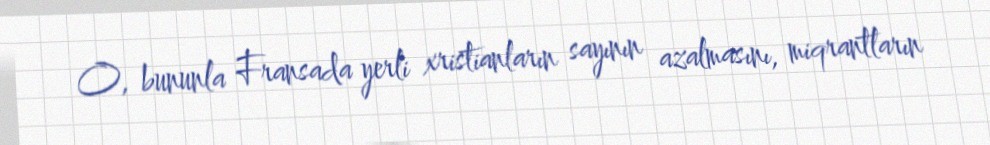
O, bununla Fransada yerli xristianların sayının azalmasını, miqrantların